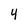
Character: 4